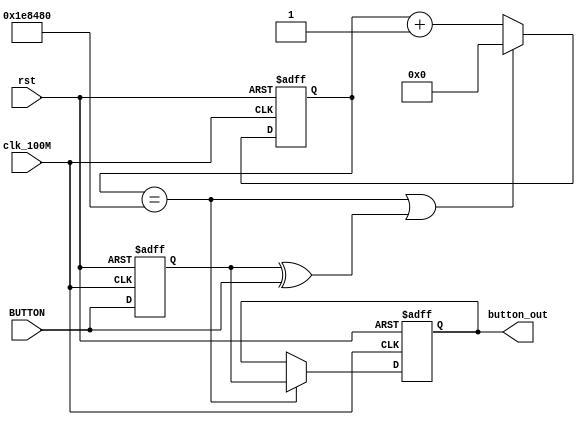
`timescale 1ns / 1ps
//////////////////////////////////////////////////////////////////////////////////
// Company: 
// Engineer: 
// 
// Design Name: 
// Module Name: buttonEliminateShaking
// Project Name: 
// Target Devices: 
// Tool Versions: 
// Description: 
// 
// Dependencies: 
// 
// Revision:
// Revision 0.01 - File Created
// Additional Comments:
// 
//////////////////////////////////////////////////////////////////////////////////

module buttonEliminateShaking(
    input clk_100M,
    input rst,
    input BUTTON,
    output reg button_out
    );
    //BUTTONbutton_out
    //button_out
    reg [21:0]  time_cnt;        //
    reg [21:0]  time_cnt_n;      //time_cnt
    reg         button_in;           //
    reg         button_out_n;        //ket_out
    wire        button_press;        //
    
    //20ms
    parameter SET_TIME_20MS = 22'd200_0000;
    
    //key_in
    always@(posedge clk_100M, posedge rst)
    begin
        if(rst)
            button_in <= 1'b0;
        else
            button_in <= BUTTON;
    end
    
    //
    assign button_press = button_in ^ BUTTON;
    
    //time_cnt
    always @(posedge clk_100M, posedge rst)
    begin
        if(rst)
            time_cnt <= 21'b0;
        else
            time_cnt <= time_cnt_n;
    end
    
    //time_cnt_n
    always@(*)
    begin
        if(time_cnt == SET_TIME_20MS || button_press)
            time_cnt_n = 21'b0;
        else
            time_cnt_n = time_cnt + 1'b1;
    end
    
    //key_out
    always @(posedge clk_100M, posedge rst)
    begin
        if(rst)
            button_out <= 1'b0;
        else
            button_out <= button_out_n;
    end
    
    //key_out_n
    always @(*)
    begin
        if(time_cnt == SET_TIME_20MS)
            button_out_n = button_in;
        else
            button_out_n = button_out;
    end
    
endmodule